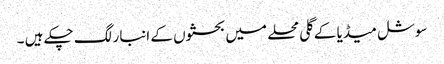
سوشل میڈیا کے گلی محلے میں بحثوں کے انبار لگ چکے ہیں ۔